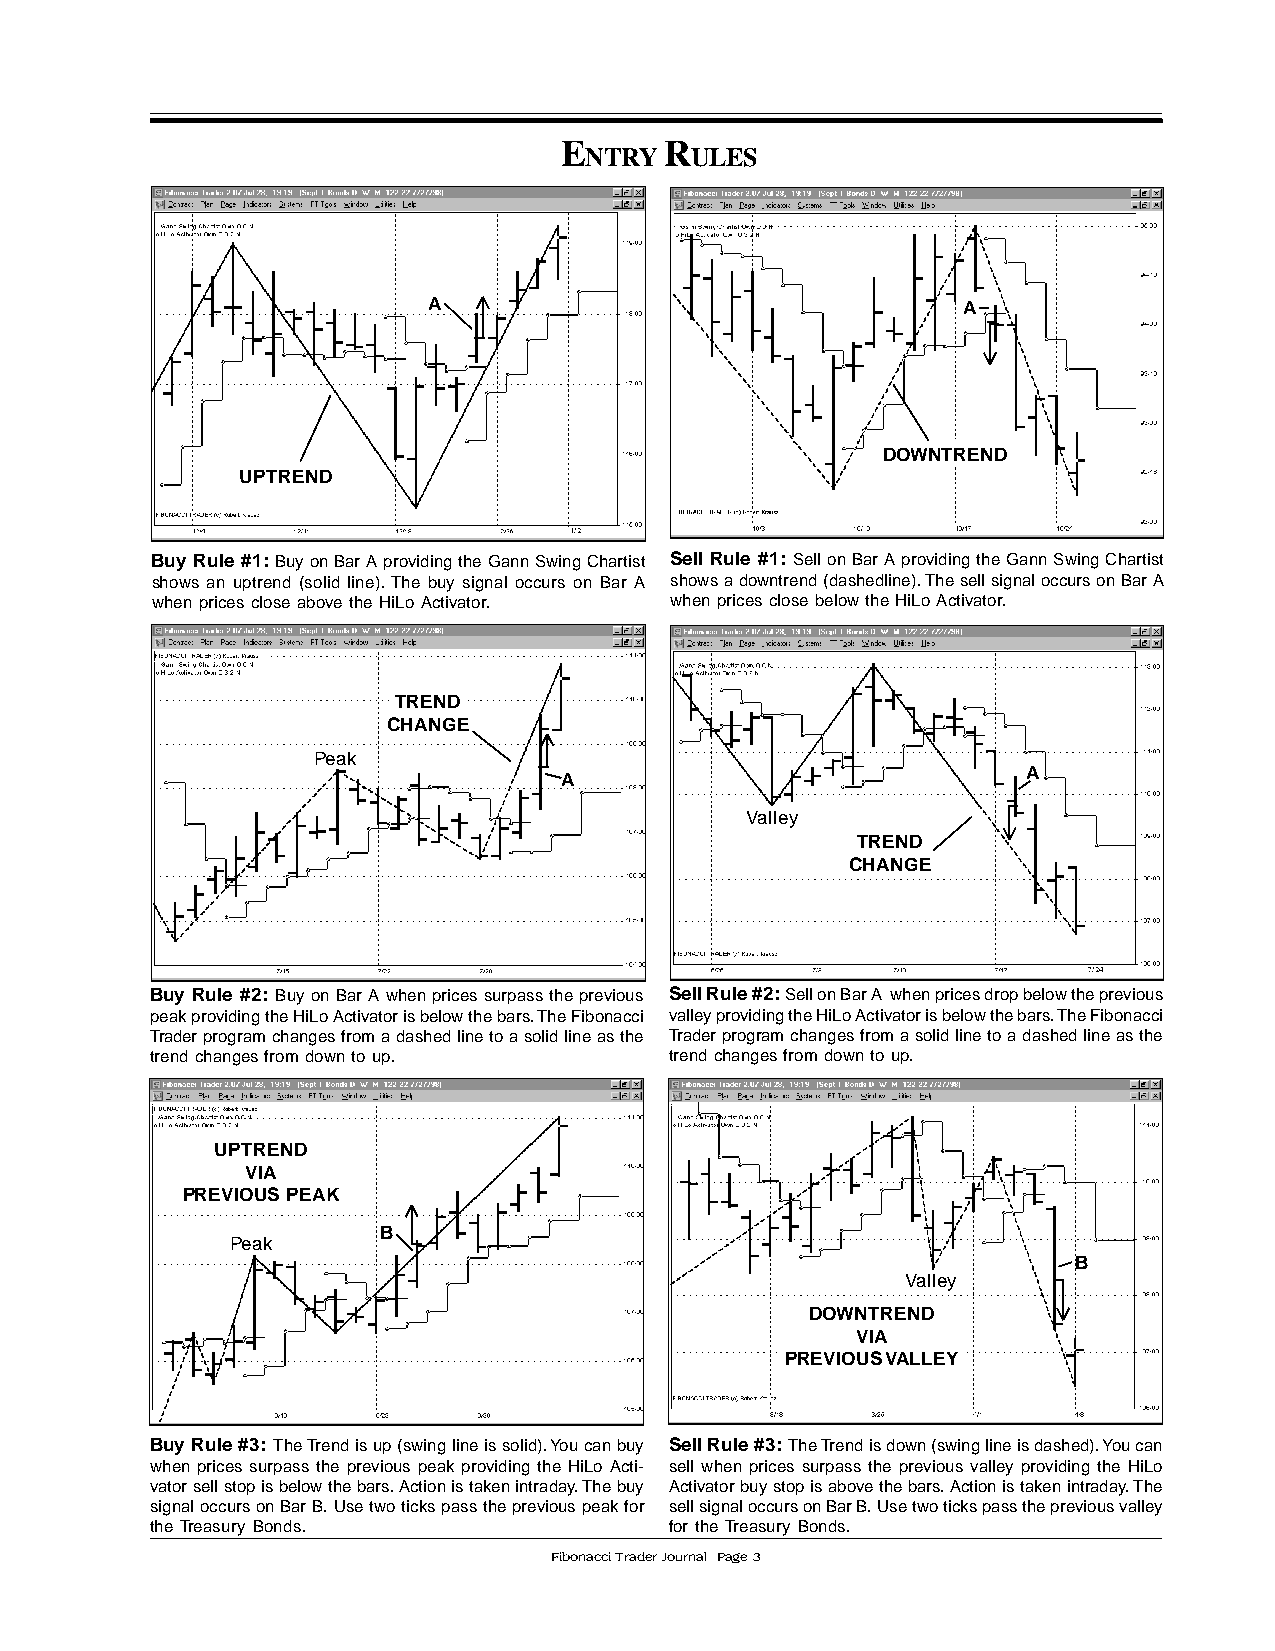
E      R
 NTRY   ULES
 A                                   A
 DOWNTREND
 UPTREND
 Buy Rule #1: Buy on Bar A providing the Gann Swing Chartist Sell Rule #1: Sell on Bar A providing the Gann Swing Chartist
 shows an uptrend (solid line). The buy signal occurs on Bar A shows a downtrend (dashedline). The sell signal occurs on Bar A
 when prices close above the HiLo Activator. when prices close below the HiLo Activator.
 TREND
 CHANGE
 Peak
 A                              A
 Valley
 TREND
 CHANGE
 Buy Rule #2: Buy on Bar A when prices surpass the previous Sell Rule #2: Sell on Bar A when prices drop below the previous
 peak providing the HiLo Activator is below the bars. The Fibonacci valley providing the HiLo Activator is below the bars. The Fibonacci
 Trader program changes from a dashed line to a solid line as the Trader program changes from a solid line to a dashed line as the
 trend changes from down to up.    trend changes from down to up.
 UPTREND
 VIA
 PREVIOUS PEAK
 B
 Peak
 B
 Valley
 DOWNTREND
 VIA
 PREVIOUS VALLEY
 Buy Rule #3: The Trend is up (swing line is solid). You can buy Sell Rule #3: The Trend is down (swing line is dashed). You can
 when prices surpass the previous peak providing the HiLo Acti- sell when prices surpass the previous valley providing the HiLo
 vator sell stop is below the bars. Action is taken intraday. The buy Activator buy stop is above the bars. Action is taken intraday. The
 signal occurs on Bar B. Use two ticks pass the previous peak for sell signal occurs on Bar B. Use two ticks pass the previous valley
 the Treasury Bonds.               for the Treasury Bonds.
 Fibonacci Trader Journal Page 3